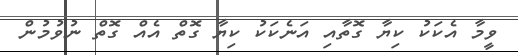
ވީމާ އެކަކު ކިޔާ ގޮތާއި އަނެކަކު ކިޔާ ގޮތް އެއް ގޮތް ނުވުމުން